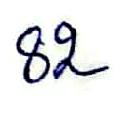
82